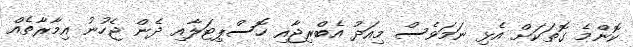
ކޮންމެ ގޮތަކަށް އެޅި ނަމަވެސް މިއަދު އެބްރިޖާއި ހޮސްޕިޓަލާއި ދެން ޖެހުނު އިމާރާތެއް